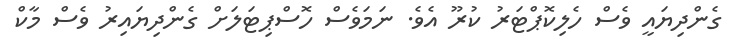
ގެންދިޔައީ ވެސް ހެލިކޮޕްޓަރު ކުރޫ އެވެ. ނަމަވެސް ހޮސްޕިޓަލަށް ގެންދިޔައިރު ވެސް މާކް